Indian journal of veterinary science and animal husbandry - Volumes 15-17, 1948-1951
Year: 1948
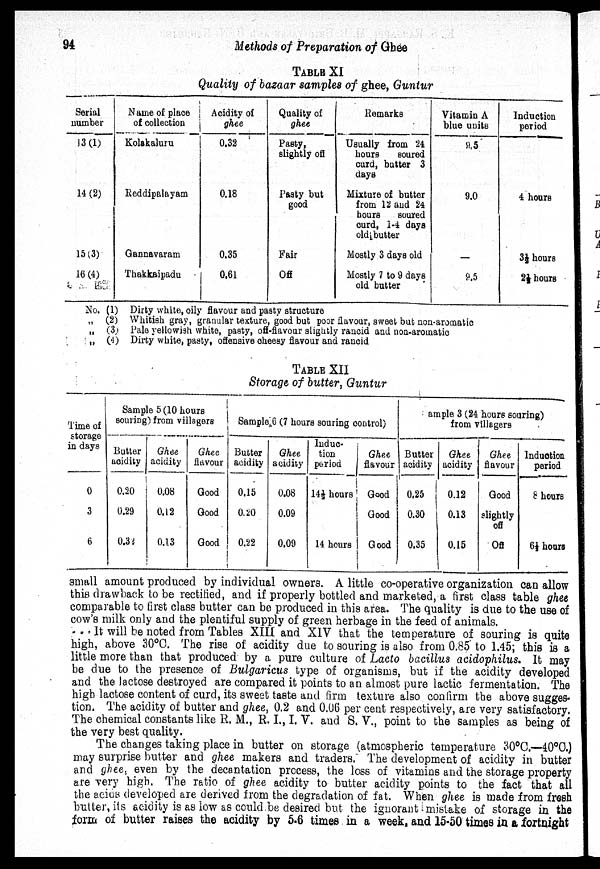
94
Methods of Preparation of Ghee
TABLE XI
Quality of bazaar samples of ghee, Guntur
Serial
number
13 (1)
14 (2)
15 (3)
16 (4)
Name of place
of collection
Kolakaluru
Reddipalayam
Gannavaram
Thakkaipadu
Acidity of
ghee
0.32
0.18
0.35
0.61
Quality of
ghee
Pasty,
slightly off
Pasty but
good
Fair
Off
Remarks
Usually from 24
hours
soured
curd, butter 3
days
Mixture of butter
from 12 and 24
hours
soured
curd, 1-4 days
old butter
Mostly 3 days old
Mostly 7 to 9 days
old butter
Vitamin A
blue units
9.5
9.0
—
9.5
Induction
period
4 hours
3½ hours
2½ hours
No. (1) Dirty white, oily flavour and pasty structure
„ (2) Whitish gray, granular texture, good but poor flavour, sweet but non-aromatic
„ (3) Pale yellowish white, pasty, off-flavour slightly rancid and non-aromatic
„ (4) Dirty white, pasty, offensive cheesy flavour and rancid
TABLE XII
Storage of butter, Guntur
Time of
storage
in days
0
3
6
Sample 5 (10 hours
souring) from villagers
Butter
acidity
0.20
0.29
0.32
Ghee
acidity
0.08
0.12
0.13
Ghee
flavour
Good
Good
Good
Sample 6 (7 hours souring control)
Butter
acidity
0.15
0.20
0.22
Ghee
acidity
0.08
0.09
0.09
Induc-
tion
period
14½ hours
14 hours
Ghee
flavour
Good
Good
Good
ample 3 (24 hours sourinsg)
from villagers
Butter
acidity
0.25
0.30
0.35
Ghee
acidity
0.12
0.13
0.15
Ghee
flavour
Good
slightly
off
Off
Induction
period
8 hours
6½ hours
small amount produced by individual owners. A little co-operative organization can allow
this drawback to be rectified, and if properly bottled and marketed, a first class table ghee
comparable to first class butter can be produced in this area. The quality is due to the use of
cow's milk only and the plentiful supply of green herbage in the feed of animals.
It will be noted from Tables XIII and XIV that the temperature of souring is quite
high, above 30°C. The rise of acidity due to souring is also from 0.85 to 1.45; this is a
little more than that produced by a pure culture of Lacto bacillus acidophilus. It may
be due to the presence of Bulgaricus type of organisms, but if the acidity developed
and the lactose destroyed are compared it points to an almost pure lactic fermentation. The
high lactose content of curd, its sweet taste and firm texture also confirm the above sugges-
tion. The acidity of butter and ghee, 0.2 and 0.06 per cent respectively, are very satisfactory.
The chemical constants like R. M., R. I., I. V. and S. V., point to the samples as being of
the very best quality.
The changes taking place in butter on storage (atmospheric temperature 30°C.—40°C.)
may surprise butter and ghee makers and traders. The development of acidity in butter
and ghee, even by the decantation process, the loss of vitamins and the storage property
are very high. The ratio of ghee acidity to butter acidity points to the fact that all
the acids developed are derived from the degradation of fat. When ghee is made from fresh
butter, its acidity is as low as could be desired but the ignorant mistake of storage in the
form of butter raises the acidity by 5-6 times in a week, and 15-50 times in a fortnight